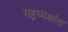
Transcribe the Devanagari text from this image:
राष्ट्रध्यक्षांना